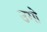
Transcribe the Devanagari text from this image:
उगो